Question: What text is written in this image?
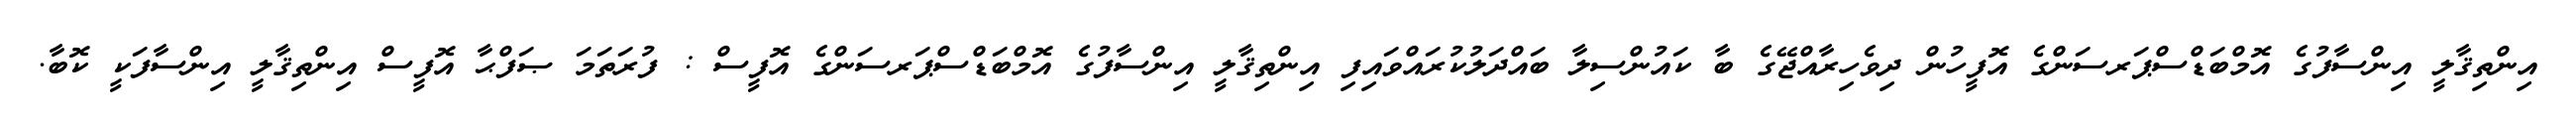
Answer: އިންތިޤާލީ އިންސާފުގެ އޮމްބަޑްސްޕަރސަންގެ އޮފީހުން ދިވެހިރާއްޖޭގެ ބާ ކައުންސިލާ ބައްދަލުކުރައްވައިފި އިންތިޤާލީ އިންސާފުގެ އޮމްބަޑްސްޕަރސަންގެ އޮފީސް : ފުރަތަމަ ޞަފްޙާ އޮފީސް އިންތިޤާލީ އިންސާފަކީ ކޮބާ.